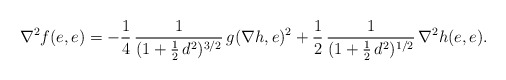
\begin{align*}\nabla^2f(e,e)=-\frac{1}{4}\,\frac{1}{(1+\tfrac{1}{2}\,d^2)^{3/2}}\,g(\nabla h,e)^2+\frac{1}{2}\,\frac{1}{(1+\tfrac{1}{2}\,d^2)^{1/2}}\,\nabla^2h(e,e).\end{align*}